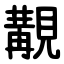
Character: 覯